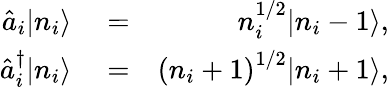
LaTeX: \begin{array}{rlr}{\hat{a}_{i}|n_{i}\rangle}&{{}=}&{n_{i}^{1/2}|n_{i}-1\rangle,}\\ {\hat{a}_{i}^{\dagger}|n_{i}\rangle}&{{}=}&{\left(n_{i}+1\right)^{1/2}|n_{i}+1\rangle,}\end{array}